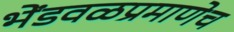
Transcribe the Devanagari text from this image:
भेंडवळप्रमाणेच